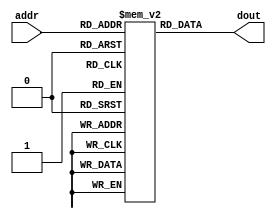
module im_4k( addr, dout ) ;
    input   [11:2]  addr ;  // address bus
    output  [31:0]  dout ;  // 32-bit memory output
    
	  reg[31:0] OPCode;
	  reg[31:0]  IMem[1023:0];
	
	initial
	begin
	  IMem[0] = 32'h34021234;
	  IMem[1] = 32'h3c039876;
	  IMem[2] = 32'h20443456;
	  IMem[3] = 32'h2465fc00;
	  IMem[4] = 32'h3846abcd;
	  IMem[5] = 32'h2c850034;
	  IMem[6] = 32'h2c45ffff;
	  IMem[7] = 32'h30c77654;
	  IMem[8] = 32'h28681234;
	  IMem[9] = 32'h00624023;
	  IMem[10] = 32'h01034826;
	  IMem[11] = 32'h01285021;
	  IMem[12] = 32'h01425020;
	  IMem[13] = 32'h01435822;
	  IMem[14] = 32'h016a6027;
	  IMem[15] = 32'h016a6825;
	  IMem[16] = 32'h016a7024;
	  IMem[17] = 32'h01ac982a;
	  IMem[18] = 32'h01aca02b;
	  IMem[19] = 32'h000840c0;
	  IMem[20] = 32'h00084c02;
	  IMem[21] = 32'h00085743;
	  IMem[22] = 32'h240b3410;
	  IMem[23] = 32'h01686004;
	  IMem[24] = 32'h01686806;
	  IMem[25] = 32'h01687007;
	  IMem[26] = 32'h00432021;
	  IMem[27] = 32'h201d0000;
	  IMem[28] = 32'hafa40000;
	  IMem[29] = 32'hafa40004;
	  IMem[30] = 32'hafa40008;
	  IMem[31] = 32'ha7a80004;
	  IMem[32] = 32'ha7a9000a;
	  IMem[33] = 32'ha3aa0007;
	  IMem[34] = 32'ha3a80009;
	  IMem[35] = 32'ha3a90008;
	  IMem[36] = 32'h8fa80000;
	  IMem[37] = 32'hafa8000c;
	  IMem[38] = 32'h87a90002;
	  IMem[39] = 32'hafa90010;
	  IMem[40] = 32'h97a90002;
	  IMem[41] = 32'hafa90014;
	  IMem[42] = 32'h83aa0003;
	  IMem[43] = 32'hafaa0018;
	  IMem[44] = 32'h93aa0003;
	  IMem[45] = 32'hafaa001c;
	  IMem[46] = 32'h93aa0001;
	  IMem[47] = 32'hafaa0020;
	  IMem[48] = 32'h201d0040;
	  IMem[49] = 32'hafa00000;
	  IMem[50] = 32'h00081024;
	  IMem[51] = 32'h15090001;
	  IMem[52] = 32'h24420001;
	  IMem[53] = 32'h1d000001;
	  IMem[54] = 32'h24420001;
	  IMem[55] = 32'h19000001;
	  IMem[56] = 32'h24420001;
	  IMem[57] = 32'h05200001;
	  IMem[58] = 32'h24420001;
	  IMem[59] = 32'h05010001;
	  IMem[60] = 32'h24420001;
	  IMem[61] = 32'h112a0001;
	  IMem[62] = 32'h24420001;
	  IMem[63] = 32'hafa20000;
	  IMem[64] = 32'h201d0040;
	  IMem[65] = 32'h8fa20000;
	  IMem[66] = 32'h08000c44;
	  IMem[67] = 32'h00481021;
	  IMem[68] = 32'h24420001;
	  IMem[69] = 32'h0c000c48;
	  IMem[70] = 32'h00a22821;
	  IMem[71] = 32'h08000c47;
	  IMem[72] = 32'h201d0000;
	  IMem[73] = 32'hafbf0028;
	  IMem[74] = 32'h34425500;
	  IMem[75] = 32'h20093148;
	  IMem[76] = 32'h0120f809;
	  IMem[77] = 32'h201d0040;
	  IMem[78] = 32'hafa20000;
	  IMem[79] = 32'h201d0000;
	  IMem[80] = 32'h8fbf0028;
	  IMem[81] = 32'h03e00008;
	  IMem[82] = 32'h201d0000;
	  IMem[83] = 32'hafbf002c;
	  IMem[84] = 32'h34420050;
	  IMem[85] = 32'h03e00008;
	 end

	
	always@(addr)
	begin
		OPCode = IMem[addr[11:2]];
	end
	assign dout = OPCode;
endmodule